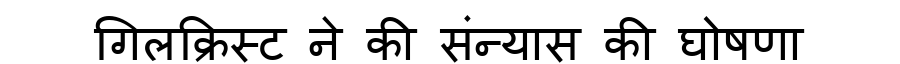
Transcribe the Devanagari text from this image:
गिलक्रिस्ट ने की संन्यास की घोषणा